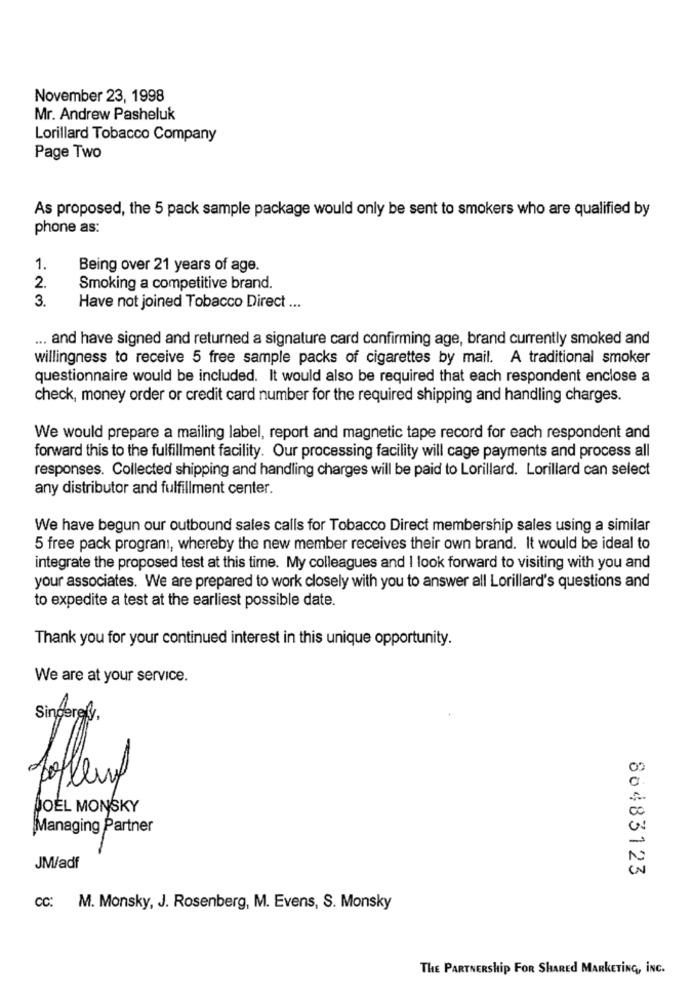
November 23, 1998
Mr. Andrew Pasheluk
Lorillard Tobacco Company
Page Two
As proposed, the 5 pack sample package would only be sent to smokers who are qualified by
phone as:
1.
Being over 21 years of age.
2.
Smoking a competitive brand.
3.
Have not joined Tobacco Direct ...
... and have signed and returned a signature card confirming age, brand currently smoked and
willingness to receive 5 free sample packs of cigarettes by mail. A traditional smoker
questionnaire would be included. It would also be required that each respondent enclose a
check, money order or credit card number for the required shipping and handling charges.
We would prepare a mailing label, report and magnetic tape record for each respondent and
forward this to the fulfillment facility. Our processing facility will cage payments and process all
responses. Collected shipping and handling charges will be paid to Lorillard. Lorillard can select
any distributor and fulfillment center.
We have begun our outbound sales calls for Tobacco Direct membership sales using a similar
5 free pack programı, whereby the new member receives their own brand. It would be ideal to
integrate the proposed test at this time. My colleagues and I look forward to visiting with you and
your associates. We are prepared to work closely with you to answer all Lorillard's questions and
to expedite a test at the earliest possible date.
Thank you for your continued interest in this unique opportunity.
We are at your service.
Sincerely,
folleup
JOEL MONSKY
Managing Partner
JM/adf
86483123
cc: M. Monsky, J. Rosenberg, M. Evens, S. Monsky
THE PARTNERShip FOR SHARED MARKETING, INC.